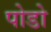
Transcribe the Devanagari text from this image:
पोडो